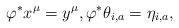
LaTeX: \begin{align*}\varphi^*x^{\mu} = y^{\mu},\varphi^*\theta_{i,a} = \eta_{i,a},\end{align*}